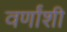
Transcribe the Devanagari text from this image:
वर्णांशी